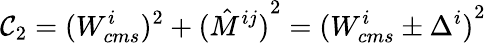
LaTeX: \mathcal{C}_{2}=({W_{cms}^{i}})^{2}+{(\hat{{M}}^{ij})}^{2}={(W_{cms}^{i}\pm\Delta^{i})}^{2}